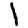
Digit: 1